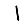
Digit: 1